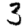
Digit: 3